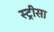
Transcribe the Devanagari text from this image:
स्ट्रीसा